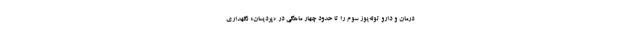
درمان و دارو توله‌یوز سوم را تا حدود چهار ماهگی در «پردیسان» نگهداری